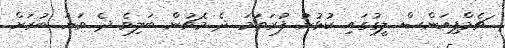
ޗެމްޕިއަންސް ލީގުގައި ކުޅުނު ފުރަތަމަ ދެ މެޗުން ބަލިވެ ދެ ވަނަ ބުރަށް